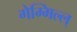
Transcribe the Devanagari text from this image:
गेम्मिल्ल्